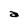
Character: a